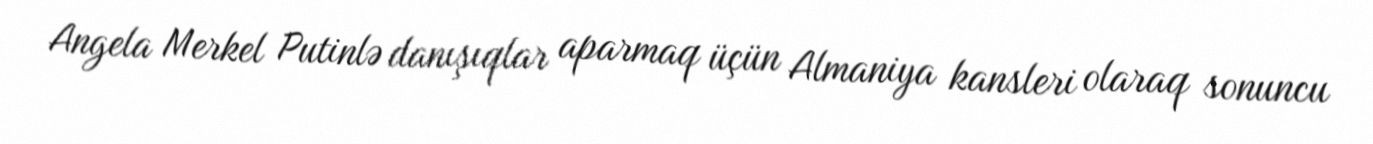
Angela Merkel Putinlə danışıqlar aparmaq üçün Almaniya kansleri olaraq sonuncu